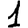
Digit: 1